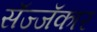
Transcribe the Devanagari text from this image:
सॅज्जॅकार